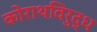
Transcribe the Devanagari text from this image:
कोराथविरुद्ध